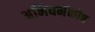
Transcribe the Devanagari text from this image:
अभिधर्मकोष